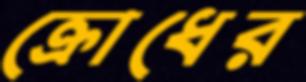
ক্রোধের